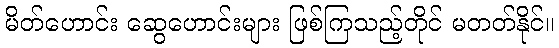
မိတ်ဟောင်း ဆွေဟောင်းများ ဖြစ်ကြသည့်တိုင် မတတ်နိုင်။